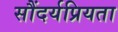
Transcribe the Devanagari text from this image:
सौंदर्यप्रियता